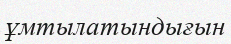
ұмтылатындығын